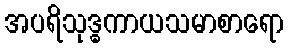
အပရိသုဒ္ဓကာယသမာစာရော